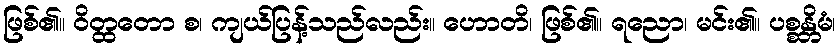
ဖြစ်၏။ ဝိတ္ထတော စ၊ ကျယ်ပြန့်သည်လည်း။ ဟောတိ၊ ဖြစ်၏။ ရညော၊ မင်း၏။ ပစ္စန္တိမံ၊